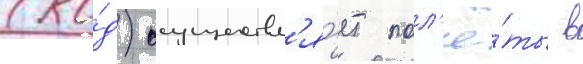
(ко́д) осуществл'я́ет пол'ё́ты в